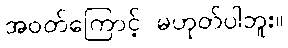
အဝတ်ကြောင့် မဟုတ်ပါဘူး။